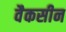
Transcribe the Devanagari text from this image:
वैकसीन